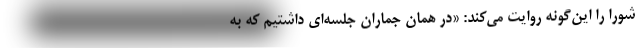
شورا را این‌گونه روایت می‌کند: «در همان جماران جلسه‌ای داشتیم که به